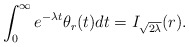
\begin{align*}\int_0^\infty e^{-\lambda t}\theta_r(t)dt=I_{\sqrt{2\lambda}}(r).\end{align*}